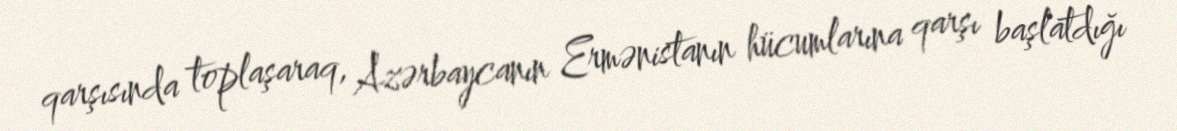
qarşısında toplaşaraq, Azərbaycanın Ermənistanın hücumlarına qarşı başlatdığı